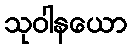
သုဝါနယော